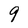
Character: 9